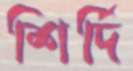
শির্দি